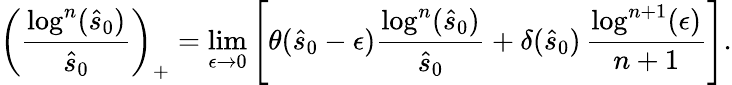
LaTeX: \left(\frac{\log^{n}(\hat{s}_{0})}{\hat{s}_{0}}\right)_{+}=\operatorname*{lim}_{\epsilon\to 0}\left[\theta(\hat{s}_{0}-\epsilon)\frac{\log^{n}(\hat{s}_{0})}{\hat{s}_{0}}+\delta(\hat{s}_{0})\, \frac{\log^{n+1}(\epsilon)}{n+1}\right].